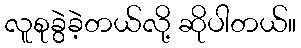
လူစုခွဲခဲ့တယ်လို့ ဆိုပါတယ်။